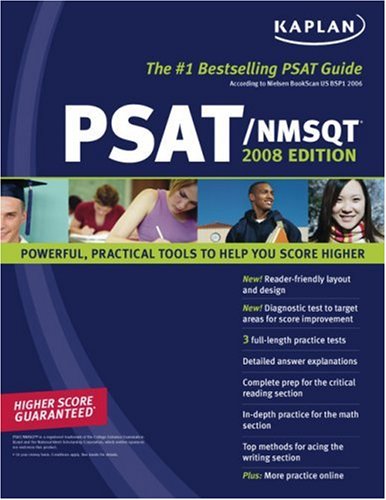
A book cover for Kaplan PSAT NMSQT 2008; Kaplan; Test Preparation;